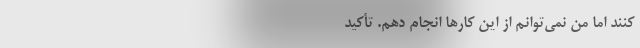
‌‌‌‌‌‌‌‌‌‌‌‌‌‌‌‌‌‌کنند اما من نمی‌توانم از این کارها انجام دهم. تأکید